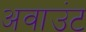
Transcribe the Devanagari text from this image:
अवाउंट